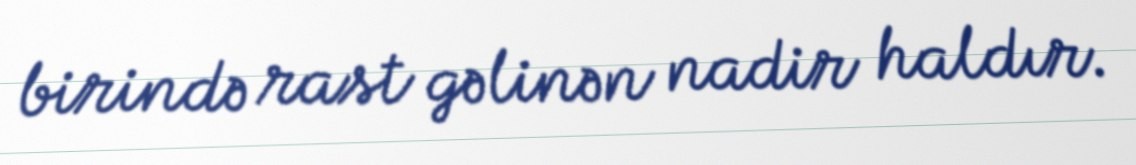
birində rast gəlinən nadir haldır.